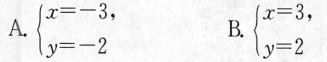
A. $$\begin { cases } x = - 3 \\ y = - 2 \end { cases }$$， B. $$\begin { cases } x = 3 \\ y = 2 \end { cases }$$，